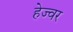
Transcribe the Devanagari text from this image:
हेज्वर